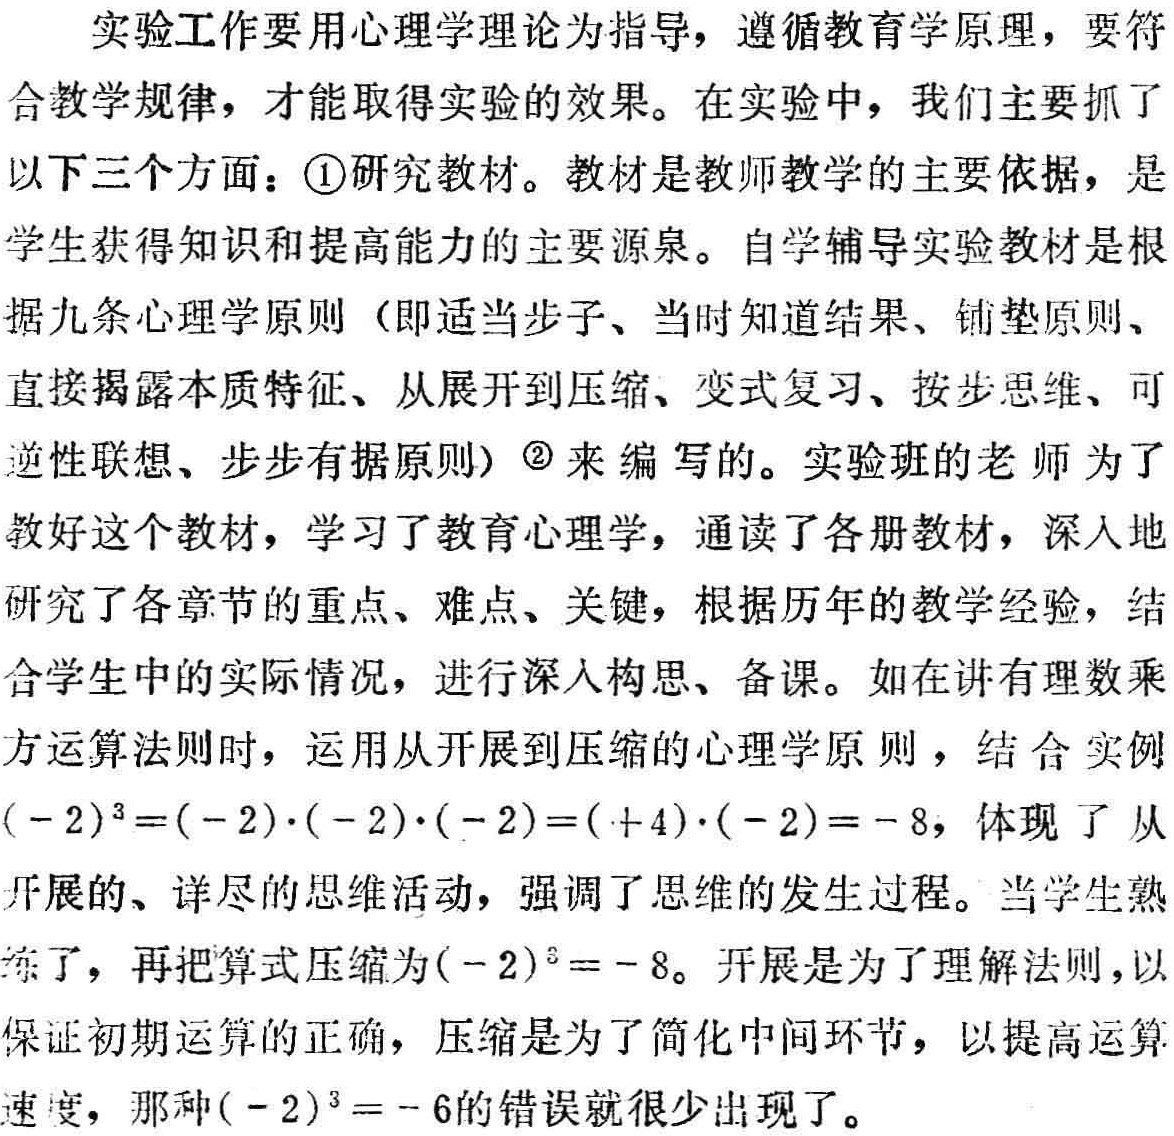
实验工作要用心理学理论为指导，遵循教育学原理，要符合教学规律，才能取得实验的效果。在实验中，我们主要抓了以下三个方面：\textcircled{1}研究教材。教材是教师教学的主要依据，是学生获得知识和提高能力的主要源泉。自学辅导实验教材是根据九条心理学原则（即适当步子、当时知道结果、铺垫原则、直接揭露本质特征、从展开到压缩、变式复习、按步思维、可逆性联想、步步有原则）\textcircled{2}来编写的。实验班的老师为了教好这个教材，学习了教育心理学，通读了各册教材，深入地研究了各章节的重点、难点、关键，根据历年的教学经验，结合学生中的实际情况，进行深入构思、备课。如在讲有理数乘方运算法则时，运用从开展到压缩的心理学原则，结合实例\(( - 2)^{3}=(- 2)\cdot(- 2)\cdot(- 2)=( + 4)\cdot(- 2)= - 8\)，体现了从开展的、详尽的思维活动，强调了思维的发生过程。当学生熟练了，再把算式压缩为\(( - 2)^{3}= - 8\)。开展是为了理解法则，以保证初期运算的正确，压缩是为了简化中间环节，以提高运算速度，那种\(( - 2)^{3}= - 6\)的错误就很少出现了。